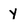
Character: y